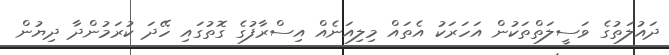
ދައުލަތުގެ ވަސީލަތްތަކުން އަހަރަކު އެތައް މިލިއަނެއް އިސްރާފުގެ ގޮތުގައި ހޭދަ ކުރަމުންދާ ދިޔުން